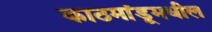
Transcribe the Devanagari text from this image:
काठमांडूमधील